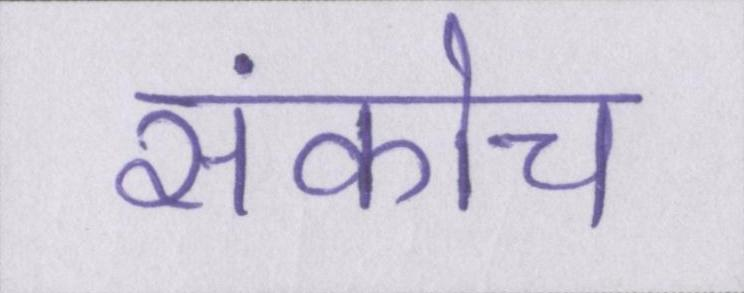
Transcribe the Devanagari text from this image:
संकोच